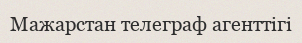
Мажарстан телеграф агенттігі